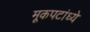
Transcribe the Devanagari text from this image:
मूकपटांध्ये